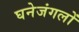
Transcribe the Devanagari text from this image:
घनेजंगलों